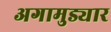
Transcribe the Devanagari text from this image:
अगामुड्यार